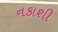
નકાશી